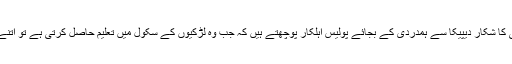
تیزاب کے حملے کے بعد بے چینی کا شکار دیپیکا سے ہمدردی کے بجائے پولیس اہلکار پوچھتے ہیں کہ جب وہ لڑکیوں کے سکول میں تعلیم حاصل کرتی ہے تو اتنے لڑکوں سے دوستی کیوں کر ہوئی۔